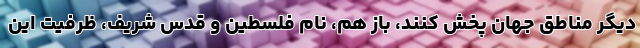
دیگر مناطق جهان پخش کنند، باز هم، نام فلسطین و قدس شریف، ظرفیت این